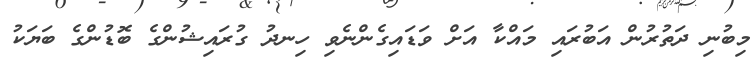
މިބުނި ދަތުރުން އަބުރައި މައްކާ އަށް ވަޑައިގެންނެވި ހިނދު ގުރައިޝުންގެ ބޮޑުންގެ ބަޔަކު